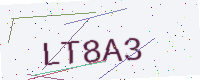
Text: LT8A3